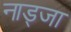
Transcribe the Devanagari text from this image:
नाड्जा